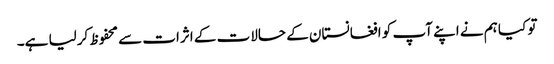
تو کیا ہم نے اپنے آپ کو افغانستان کے حالات کے اثرات سے محفوظ کرلیا ہے۔